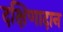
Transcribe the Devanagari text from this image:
दक्षिणादान